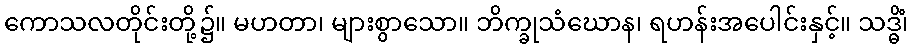
ကောသလတိုင်းတို့၌။ မဟတာ၊ များစွာသော။ ဘိက္ခုသံဃောန၊ ရဟန်းအပေါင်းနှင့်။ သဒ္ဓိံ၊